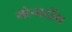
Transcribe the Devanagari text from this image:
गोनार्दीय